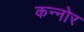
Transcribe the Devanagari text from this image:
कन्नोर